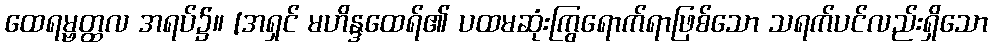
ထေရမ္ဗတ္ထလ အရပ်၌။ [အရှင် မဟိန္ဒထေရ်၏ ပထမဆုံးကြွရောက်ရာဖြစ်သော သရက်ပင်လည်းရှိသော